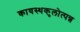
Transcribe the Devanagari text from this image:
कायस्थकुलोत्पन्न